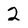
Character: 2